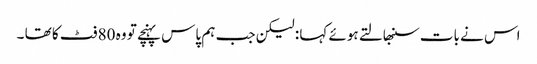
اس نے بات سنبھالتے ہوئے کہا : لیکن جب ہم پاس پہنچے تو وہ 80 فٹ کا تھا ۔